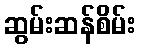
ဆွမ်းဆန်စိမ်း